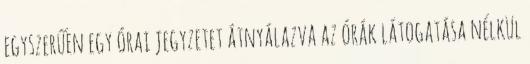
egyszerűen egy órai jegyzetet átnyálazva az órák látogatása nélkül